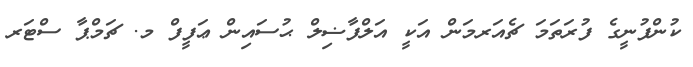
ކުންފުނީގެ ފުރަތަމަ ޗެއަރމަން އަކީ އަލްފާޟިލް ޙުސައިން ޢަފީފް މ. ޗަމްޕާ ސްޓަރ